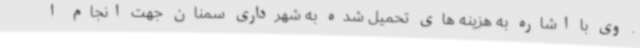
. وی با اشاره به هزینه های تحمیل شده به شهرداری سمنان جهت انجام ا